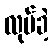
လုပ်ခဲ့